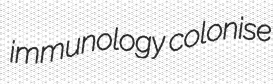
immunology colonise